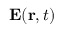
{ \bf E } ( { \bf r } , t )